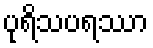
ပုရိသပရဿာ